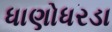
ધાણોધરડા